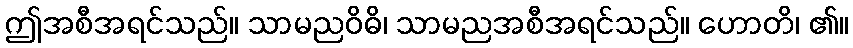
ဤအစီအရင်သည်။ သာမညဝိဓိ၊ သာမညအစီအရင်သည်။ ဟောတိ၊ ၏။